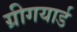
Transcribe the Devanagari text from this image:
ग्रीगयार्ड